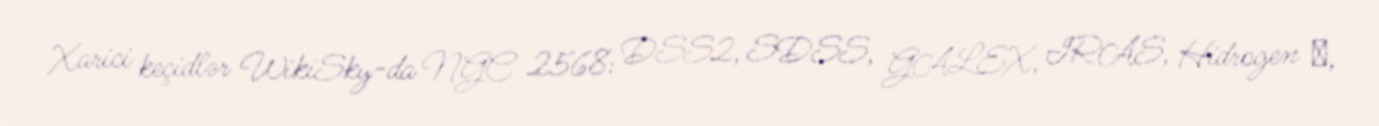
Xarici keçidlər WikiSky-da NGC 2568: DSS2, SDSS, GALEX, IRAS, Hidrogen α,